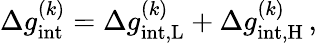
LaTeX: \begin{array}{r}{\Delta g_{\mathrm{int}}^{(k)}=\Delta g_{\mathrm{int,\mathrm{L}}}^{(k)}+\Delta g_{\mathrm{int,\mathrm{H}}}^{(k)}\, ,}\end{array}